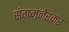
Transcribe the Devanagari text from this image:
संगमनेरकर